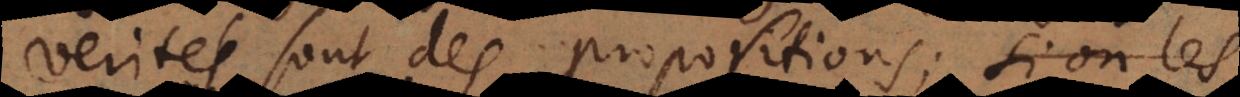
verités sont des propositions; si on les